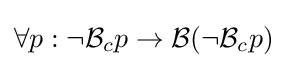
\forall p:\neg {\mathcal {B}}_{c}p\to {\mathcal {B}}(\neg {\mathcal {B}}_{c}p)